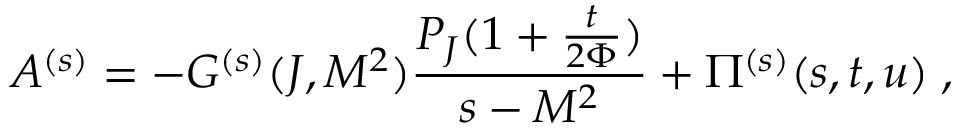
A ^ { ( s ) } = - G ^ { ( s ) } ( J , M ^ { 2 } ) \frac { P _ { J } ( 1 + \frac { t } { 2 \Phi } ) } { s - M ^ { 2 } } + \Pi ^ { ( s ) } ( s , t , u ) \; ,